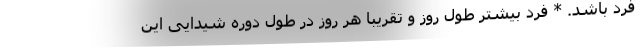
فرد باشد. * فرد بیشتر طول روز و تقریبا هر روز در طول دوره شیدایی این